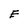
Character: E